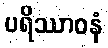
ပရိဿာဝနံ